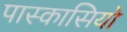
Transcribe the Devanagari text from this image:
पास्कासियो